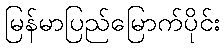
မြန်မာပြည်မြောက်ပိုင်း